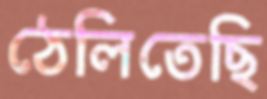
ঠেলিতেছি